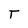
Character: T